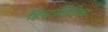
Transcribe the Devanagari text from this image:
हिस्टालिटिका